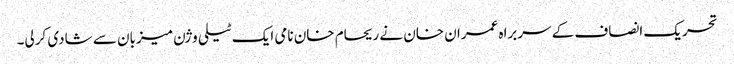
تحریک انصاف کے سربراہ عمران خان نے ریحام خان نامی ایک ٹیلی وژن میزبان سے شادی کرلی۔